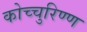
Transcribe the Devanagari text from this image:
कोच्चुरिण्ण